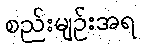
စည်းမျဉ်းအရ